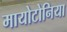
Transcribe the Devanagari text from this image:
मायोटोनिया